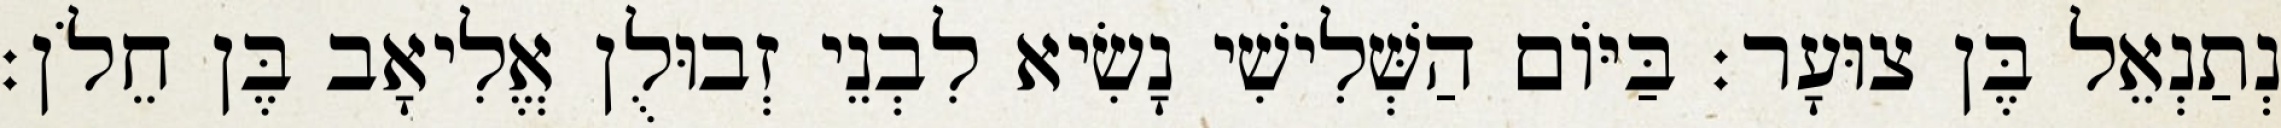
נְתַנְאֵל בֶּן צוּעָר׃ בַּיּוֹם הַשְּׁלִישִׁי נָשִׂיא לִבְנֵי זְבוּלֻן אֱלִיאָב בֶּן חֵלֹן׃